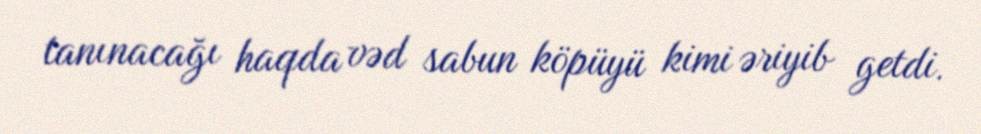
tanınacağı haqda vəd sabun köpüyü kimi əriyib getdi.